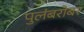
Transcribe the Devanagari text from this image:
पुलंबरोबर